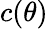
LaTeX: c(\theta)